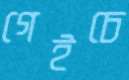
গেইচে